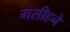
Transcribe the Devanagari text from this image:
मसीहने